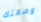
وضعتك